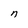
Character: n